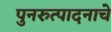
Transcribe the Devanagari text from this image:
पुनरुत्पादनाचे